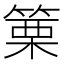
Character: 篥